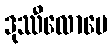
ဒုဿီလောပေ